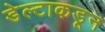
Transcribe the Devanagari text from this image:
डेल्टाकडून